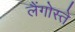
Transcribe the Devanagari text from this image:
लैंगोस्ते